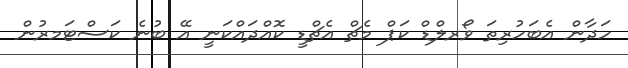
ހަދާން އެބަހުރިތަ ވޯރލްޑް ކަޕް މެޗް އެޗްޑީ ކޮއްދައްކަނީ އޭ ބުނެ ކަސްޓަމރުން